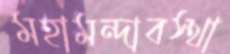
মহামন্দাবস্থা